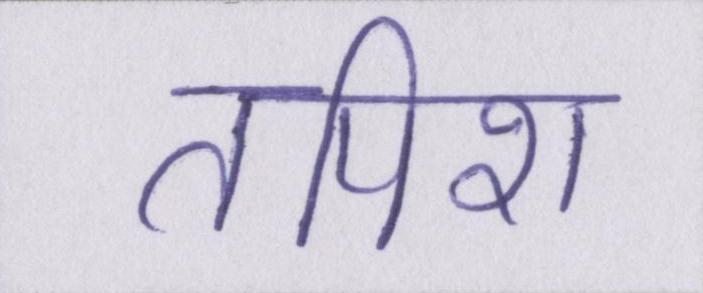
तपिश